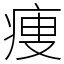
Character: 痩